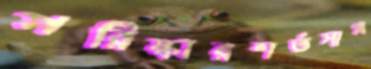
পরিস্কারশর্তসাপ